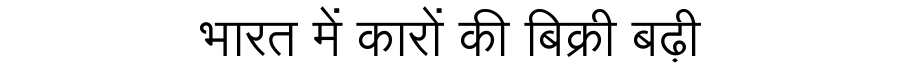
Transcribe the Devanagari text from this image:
भारत में कारों की बिक्री बढ़ी